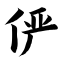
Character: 俨